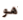
هو